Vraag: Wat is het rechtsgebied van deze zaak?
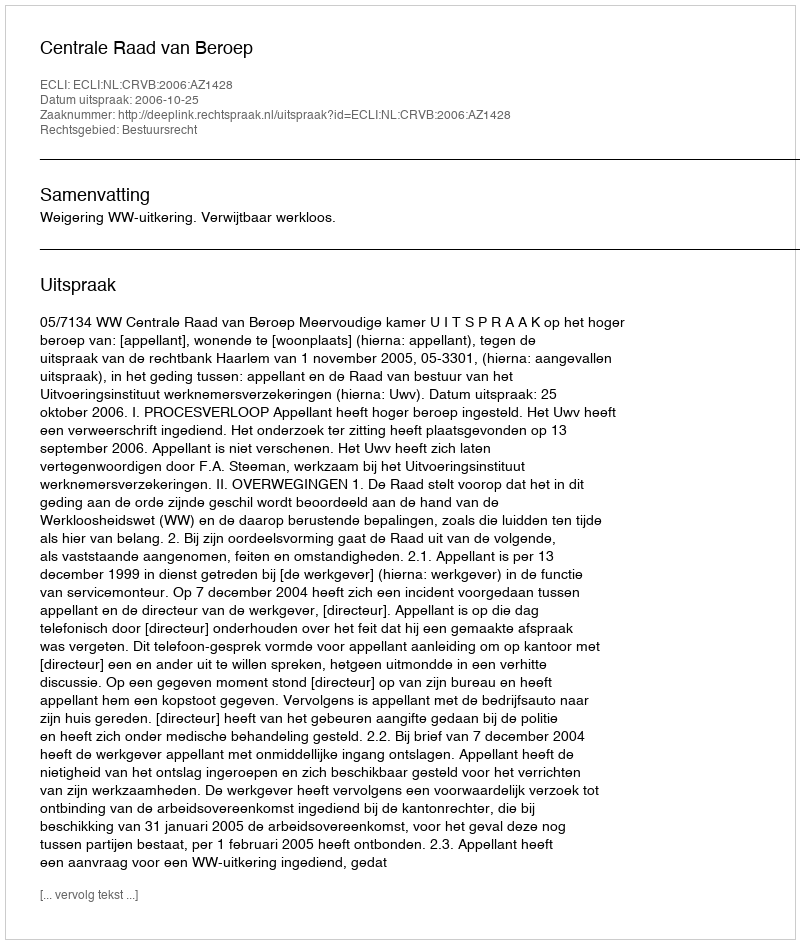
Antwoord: Bestuursrecht